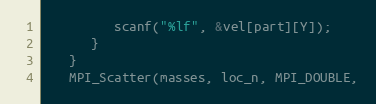
Language: C
         scanf("%lf", &vel[part][Y]);
      }
   }
   MPI_Scatter(masses, loc_n, MPI_DOUBLE,